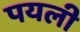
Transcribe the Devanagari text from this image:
पयली